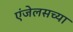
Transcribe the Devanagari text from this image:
एंजेलसच्या